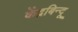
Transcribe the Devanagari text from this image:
केंद्रबिन्दू